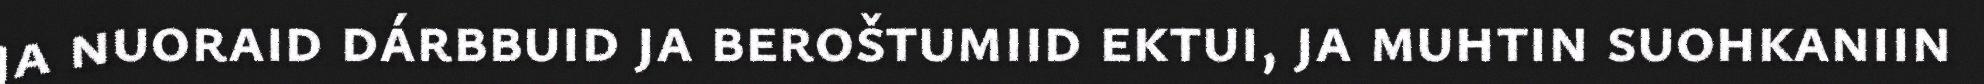
ja nuoraid dárbbuid ja beroštumiid ektui, ja muhtin suohkaniin